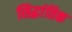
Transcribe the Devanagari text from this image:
सिद्धांतिक